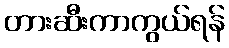
တားဆီးကာကွယ်ရန်